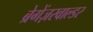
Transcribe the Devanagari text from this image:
ब्रेगेंज़रवाल्डर